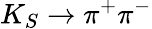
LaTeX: K_{S}\rightarrow\pi^{+}\pi^{-}